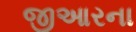
જીઆરના